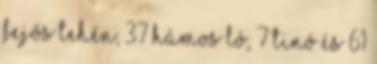
fejős tehén, 37 hámos ló, 7 tinó és 61